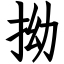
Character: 拗